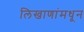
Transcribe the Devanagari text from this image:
लिखाणांमधून